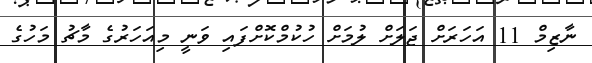
ނާޒިމް 11 އަހަރަށް ޖަލަށް ލުމަށް ހުކުމްކޮށްފައި ވަނީ މިއަހަރުގެ މާޗު މަހުގެ